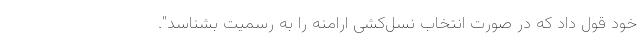
خود قول داد که در صورت انتخاب نسل‌کشی ارامنه را به رسمیت بشناسد".